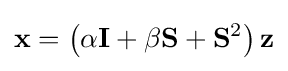
\mathbf {x} =\left(\alpha \mathbf {I} +\beta \mathbf {S} +\mathbf {S} ^{2}\right)\mathbf {z}